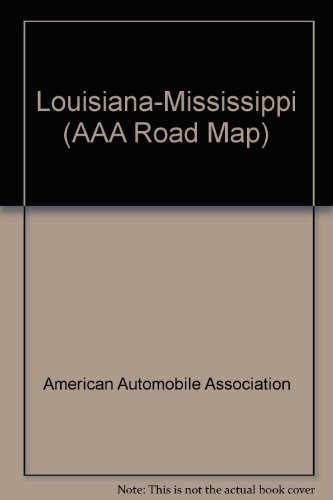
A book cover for Louisiana-Mississippi (AAA Road Map); American Automobile Association; Travel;